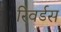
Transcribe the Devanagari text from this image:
रिवर्डस